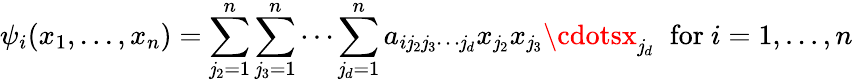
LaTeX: \psi_{i}(x_{1},...,x_{n})=\sum_{\mathit{j}_{2}=1}^{n}\sum_{\mathit{j}_{3}=1}^{n}\cdots\sum_{\mathit{j}_{d}=1}^{n}a_{i\mathit{j}_{2}\mathit{j}_{3}\cdots\mathit{j}_{d}}x_{\mathit{j}_{2}}x_{\mathit{j}_{3}}\cdotsx_{\mathit{j}_{d}}\; \; {\mathrm{{for~}}}i=1,...,n